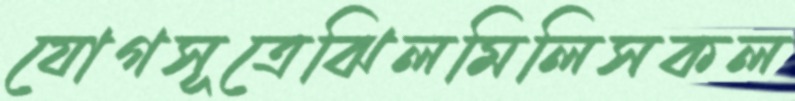
যোগসূত্রেঝিলমিলিসকল